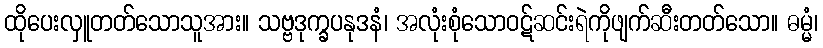
ထိုပေးလှူတတ်သောသူအား။ သဗ္ဗဒုက္ခပနုဒနံ၊ အလုံးစုံသောဝဋ်ဆင်းရဲကိုဖျက်ဆီးတတ်သော။ ဓမ္မံ၊